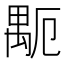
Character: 𥝂